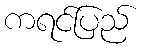
ကရင်ပြည်